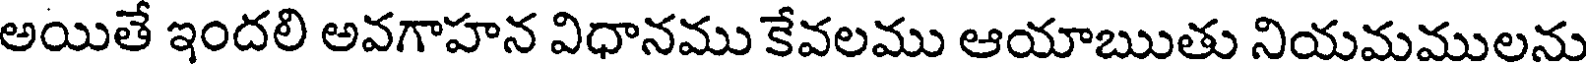
అయితే ఇందలి అవగాహన విధానము కేవలము ఆయాఋతు నియమములను